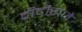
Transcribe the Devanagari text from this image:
दीदीराजे